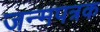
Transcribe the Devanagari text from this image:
जन्मपत्रक